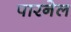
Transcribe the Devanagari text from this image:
पारनेल